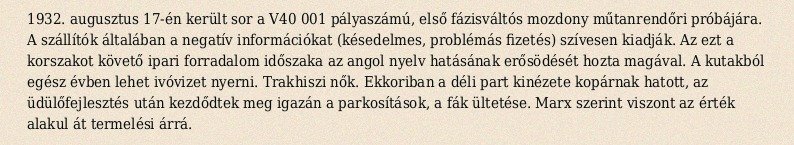
1932. augusztus 17-én került sor a V40 001 pályaszámú, első fázisváltós mozdony műtanrendőri próbájára. A szállítók általában a negatív információkat (késedelmes, problémás fizetés) szívesen kiadják. Az ezt a korszakot követő ipari forradalom időszaka az angol nyelv hatásának erősödését hozta magával. A kutakból egész évben lehet ivóvizet nyerni. Trakhiszi nők. Ekkoriban a déli part kinézete kopárnak hatott, az üdülőfejlesztés után kezdődtek meg igazán a parkosítások, a fák ültetése. Marx szerint viszont az érték alakul át termelési árrá.